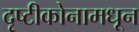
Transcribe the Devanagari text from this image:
दृष्टीकोनामधून